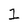
Character: 1